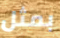
بمثل